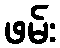
ဖမ်း